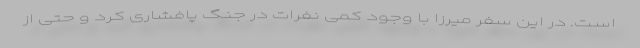
است. در این سفر میرزا با وجود کمی نفرات در جنگ پافشاری کرد و حتی از